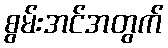
စွမ်းအင်အတွက်